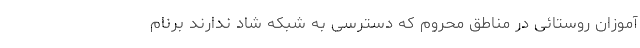
‌آموزان روستائی در مناطق محروم که دسترسی به شبکه شاد ندارند برنام